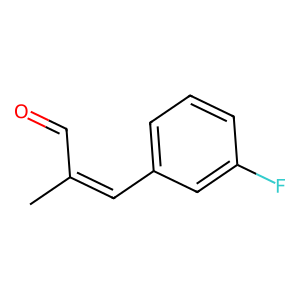
SMILES: CC(C=O)=Cc1cccc(F)c1
Inhibits HIV replication: No